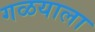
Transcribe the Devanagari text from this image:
गळयाला